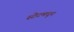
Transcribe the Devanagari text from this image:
स्टेटमधून